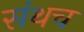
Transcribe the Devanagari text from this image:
संथच